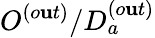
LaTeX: O^{(o\mathbf{u}t)}/D_{a}^{(o\mathbf{u}t)}